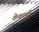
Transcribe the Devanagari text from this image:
केकायी